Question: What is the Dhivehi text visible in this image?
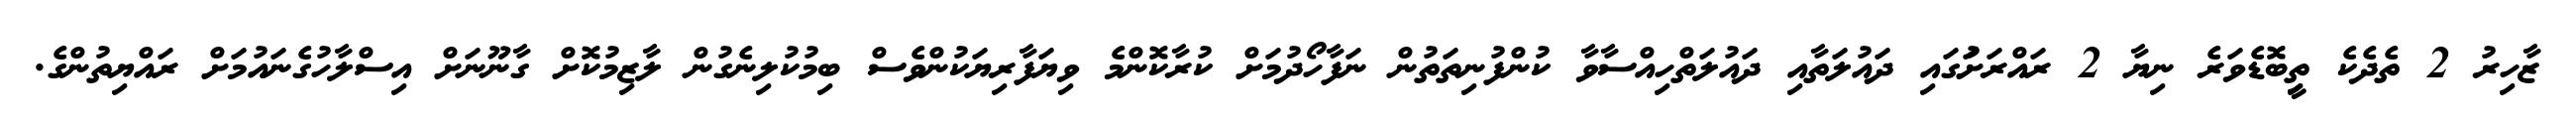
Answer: ޒާހިރު 2 ތެދެކެ ތީިބޮޑެވަރެ ނިޔާ 2 ރައްރަށުަގައި ދައުލަތާއި ދައުލަތްހިއްސާވާ ކުންފުނިތަތުން ނަފާހޯދުމަށް ކުރާކޮންމެ ވިޔަފާރިޔަކުންވެސް ބިމުކުލިނެގުން ލާޒިމުކޮށް ގާނޫނަށް އިސްލާހުގެނައުމަށް ރައްޔިތުންގެ.